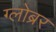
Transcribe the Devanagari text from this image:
ग्लोब्रर